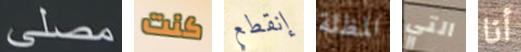
مصلى كنت إنقطع المظلة التي أنا